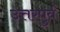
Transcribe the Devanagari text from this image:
उत्तरपुर्व